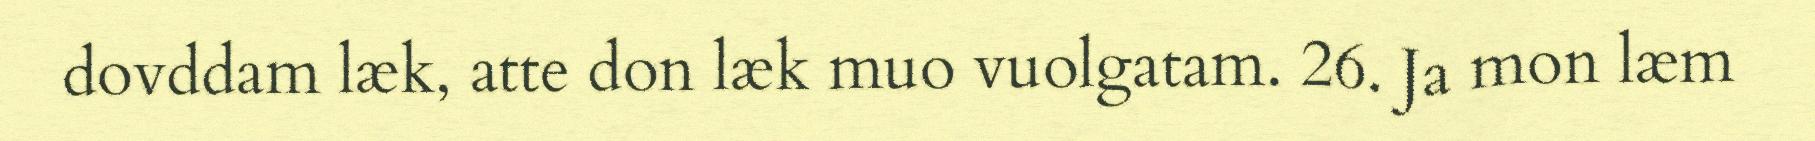
dovddam læk, atte don læk muo vuolgatam. 26. Ja mon læm